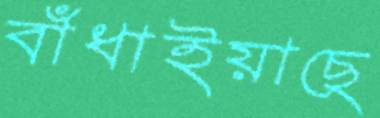
বাঁধাইয়াছে